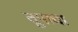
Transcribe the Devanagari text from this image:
तूपाचा